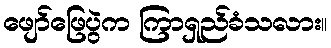
ဖျော်ဖြေပွဲက ကြာရှည်ခံသလား။